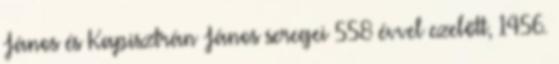
János és Kapisztrán János seregei 558 évvel ezelőtt, 1456.